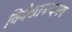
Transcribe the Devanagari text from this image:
विवेकानन्दमय